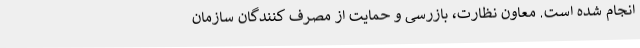
انجام شده است. معاون نظارت، بازرسی و حمایت از مصرف کنندگان سازمان